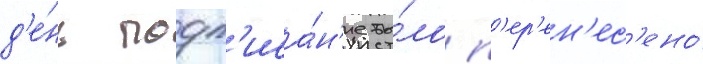
д'е́нь подп'иса́н'ие бы́ло п'ер'ен'ес'ено́